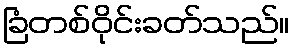
ခြံတစ်ဝိုင်းခတ်သည်။